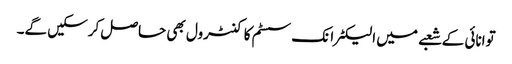
توانائی کے شعبے میں الیکٹرانک سسٹم کا کنٹرول بھی حاصل کرسکیں گے۔